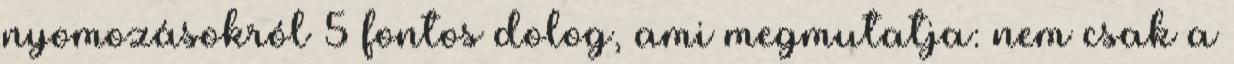
nyomozásokról 5 fontos dolog, ami megmutatja: nem csak a